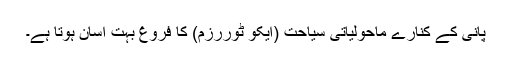
پانی کے کنارے ماحولیاتی سیاحت (ایکو ٹوررزم) کا فروغ بہت آسان ہوتا ہے۔